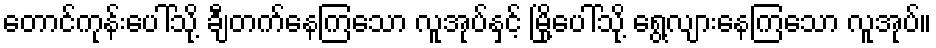
တောင်ကုန်းပေါ်သို့ ချီတက်နေကြသော လူအုပ်နှင့် မြို့ပေါ်သို့ ရွေ့လျားနေကြသော လူအုပ်။